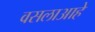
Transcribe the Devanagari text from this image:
वसलाआहे